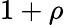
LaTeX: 1+\rho